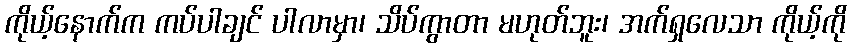
ကိုယ့်နောက်က ကပ်ပါချင် ပါလာမှာ၊ သိပ်ကွာတာ မဟုတ်ဘူး၊ အက်ရှလေသာ ကိုယ့်ကို